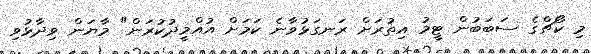
މި ކޯޗްގެ ސަބަބުން ޓީމު އިތުރަށް ރަނގަޅުވާނެ ކަމަށް އުއްމީދުކުރަން" މާޔަން ވިދާޅުވި